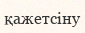
қажетсіну